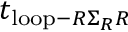
t _ { \mathrm { l o o p } - R \Sigma _ { R } R }